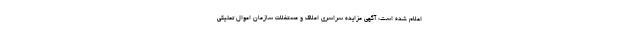
اعلام شده است: آگهی مزایده سراسری املاک و مستغلات سازمان اموال تملیکی